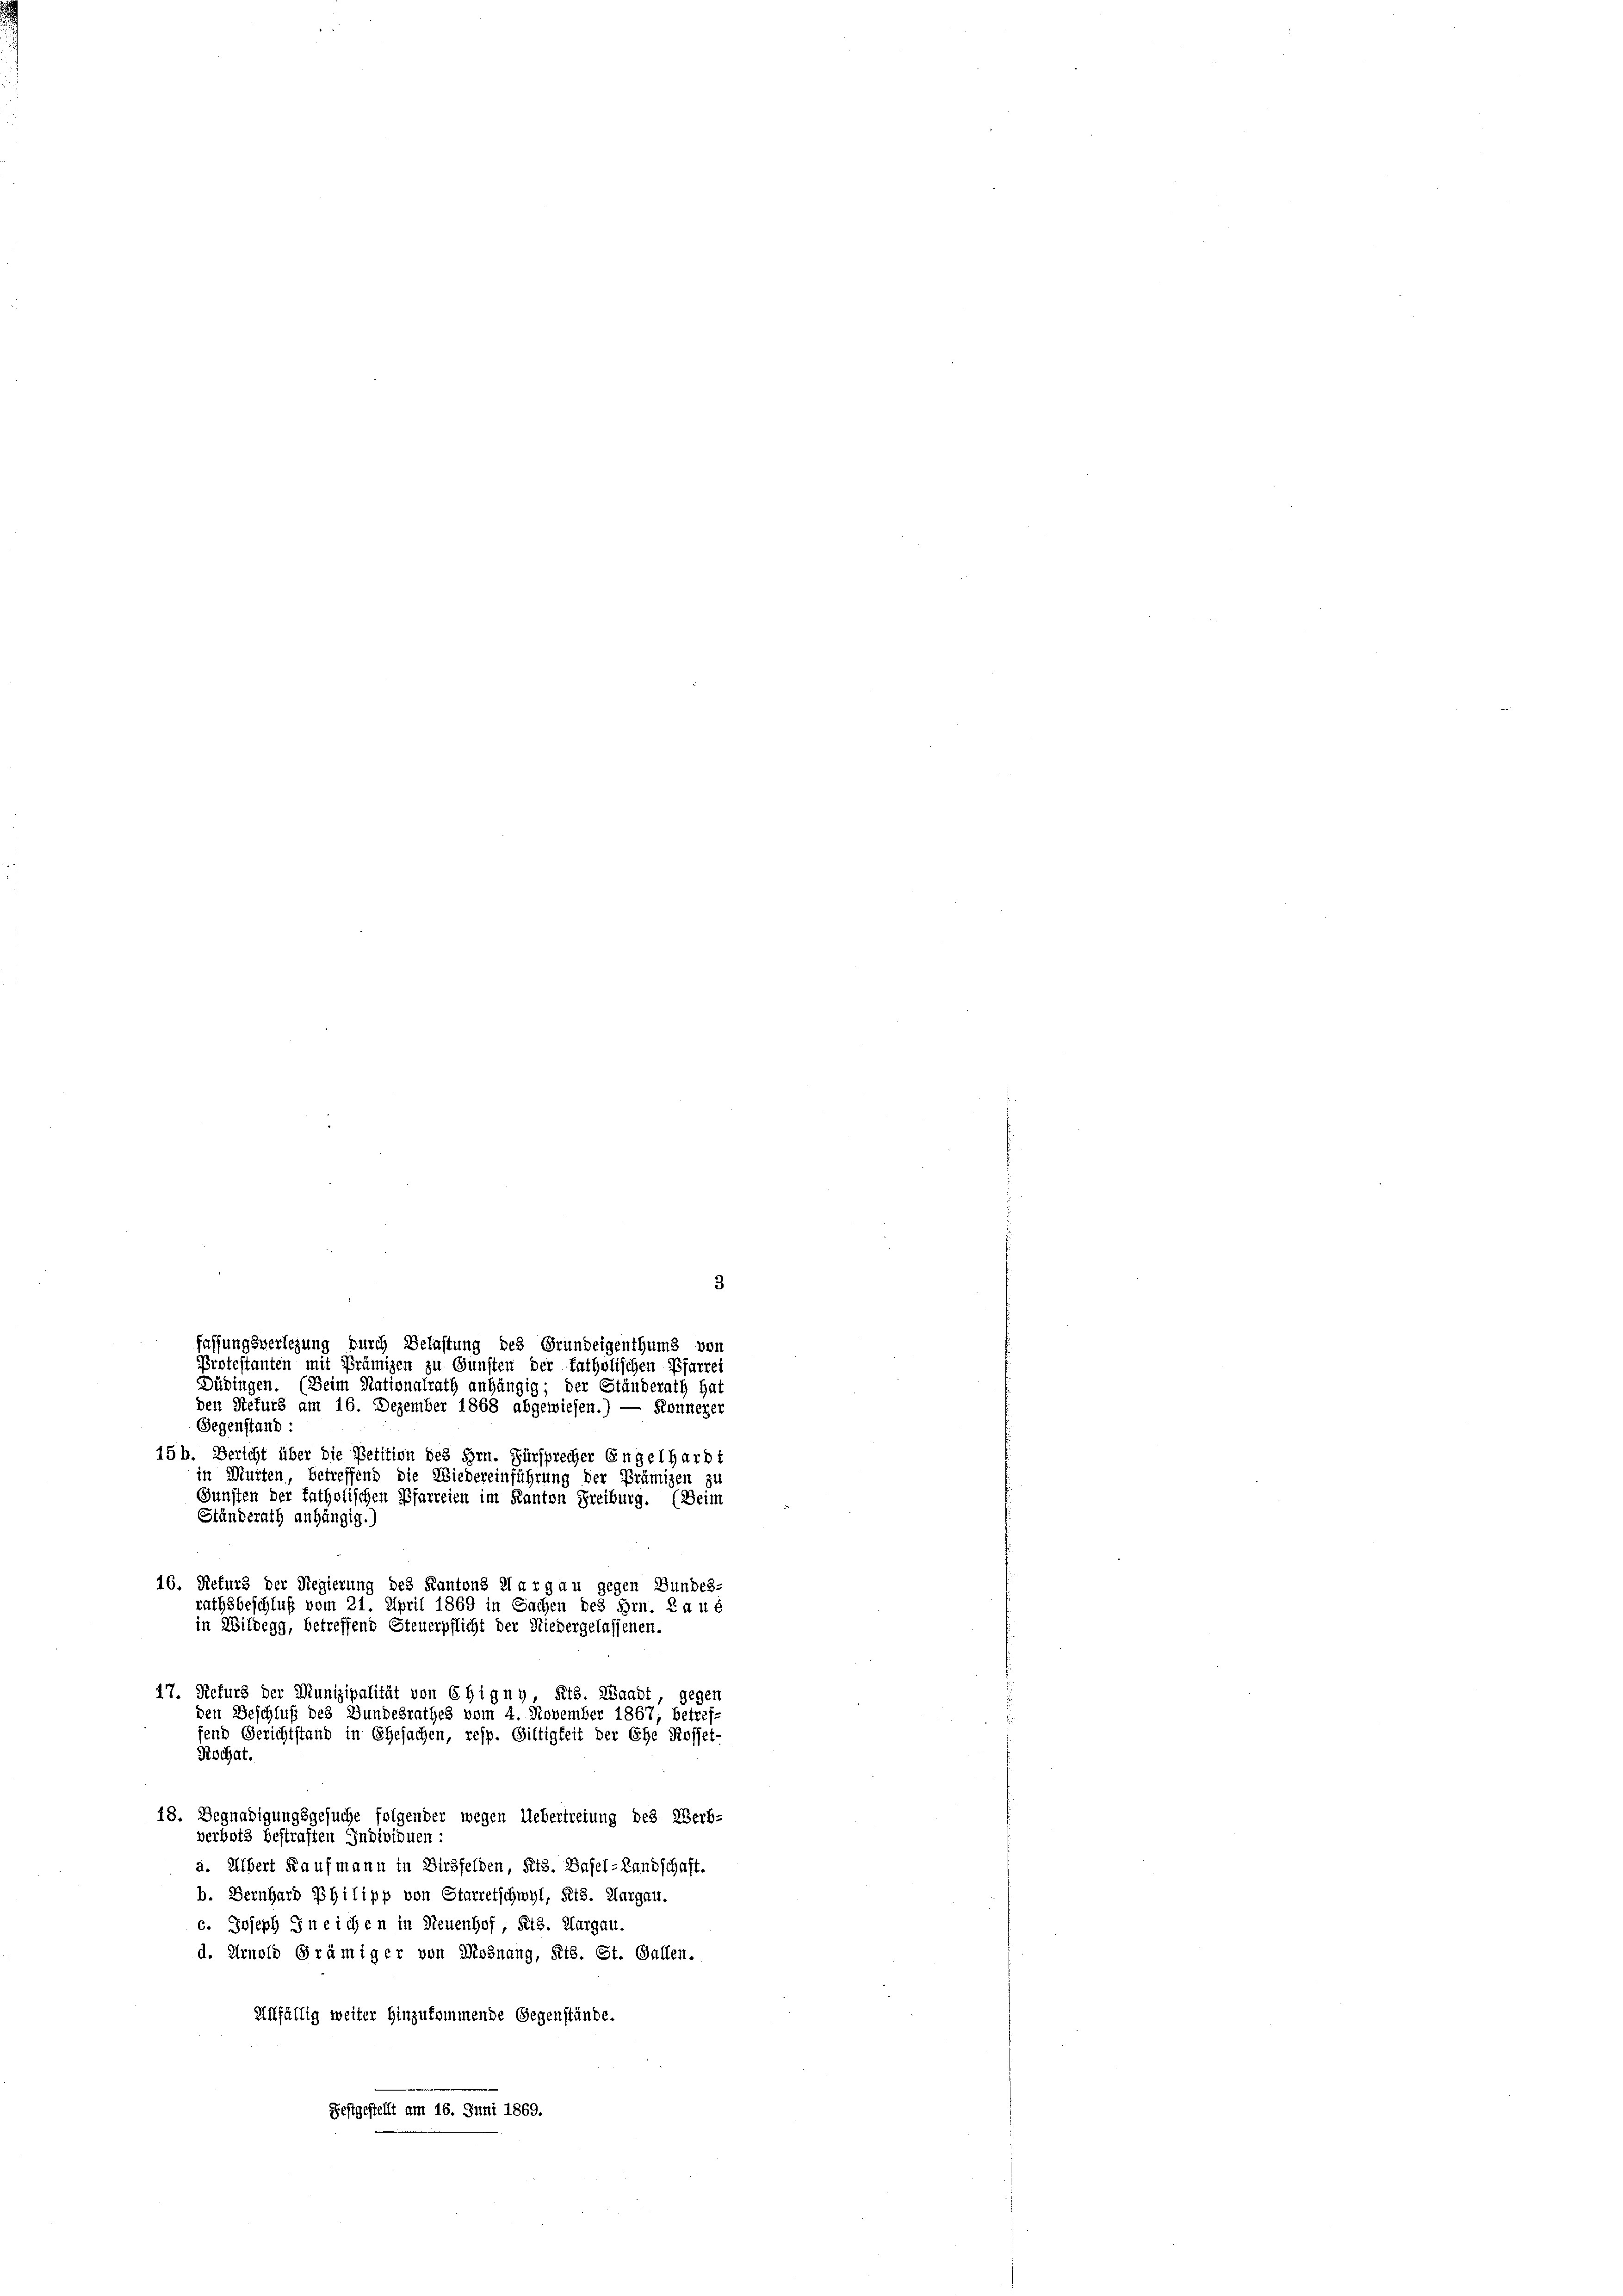
Ständerath anhängig.)
16. Rekurs der Regierung des Kantons Aargau gegen Bundes-
rathsbeschluß vom 21. April 1869 in Sachen des Hrn. La u é
in Wildegg, betreffend Steuerpflicht der Niedergelassenen.
47. Refurs der Munizipalität von Chigny, Kts. Waadt, gegen

den Beschluß des Bundesrathes vom 4. November 1867, betref-
fend Gerichtstand in Ehesachen, resp. Giltigkeit der Ehe Rosset-
18. Begnadigungsgesuche folgender wegen Uebertretung des Verb-
verbots bestraften Individuen :
a. Albert Kaufmann in Dirsfelden, Kts. Basel-Landschaft.
b. Bernhard Philipp von Starretschwyl, Kts. Aargau.
c. Joseph Ineichen in Neuenhof, Kts. Aargau.
d. Arnold Grämiger von Mosnang, Kts. St. Gallen.
Allfällig weiter hinzukommende Gegenstände.
20
Festgestellt am 16. Juni 1869.

Kochat.

fassungsverlegung durch Belastung des Grundeigenthums von
Protestanten mit Prämizen zu Gunsten der katholischen Pfarrei
Düringen. (Beim Nationalrath anhängig; der Ständerath hat
den Stefurs am 16. Dezember 1868 abgewiesen.) — Sonnezer
Gegenstand:
15b. Bericht über die Petition des Hrn. Fürsprecher Engelhardt
in Murten, betreffend die Wiedereinführung der Prämizen zu
Gunsten der katholischen Pfarreien im Kanton Freiburg. (Beim